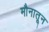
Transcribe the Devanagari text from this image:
मौनातून